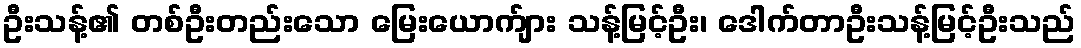
ဦးသန့်၏ တစ်ဦးတည်းသော မြေးယောက်ျား သန့်မြင့်ဦး၊ ဒေါက်တာဦးသန့်မြင့်ဦးသည်